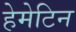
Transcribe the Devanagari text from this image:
हेमेटिन